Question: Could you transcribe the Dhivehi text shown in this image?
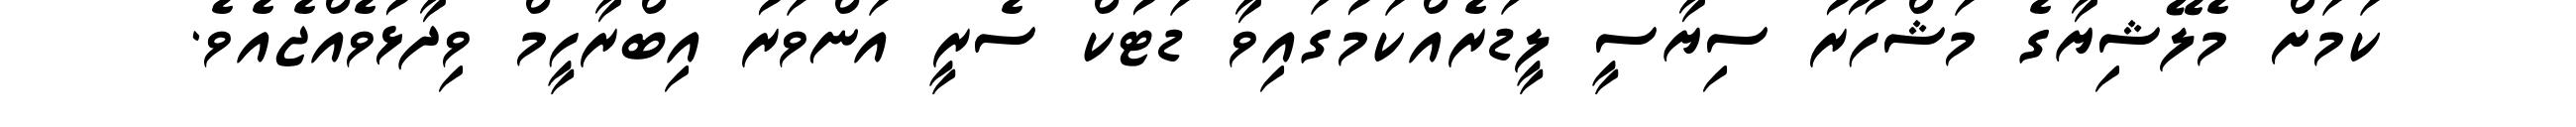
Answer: ކަމަށް މެލޭޝިޔާގެ މަޝްހޫރު ސިޔާސީ ލީޑަރެއްކަމުގައިވާ ޑަޓުކް ސެރީ އަންވަރު އިބްރާހީމް ވިދާޅުވެއްޖެއެވެ.